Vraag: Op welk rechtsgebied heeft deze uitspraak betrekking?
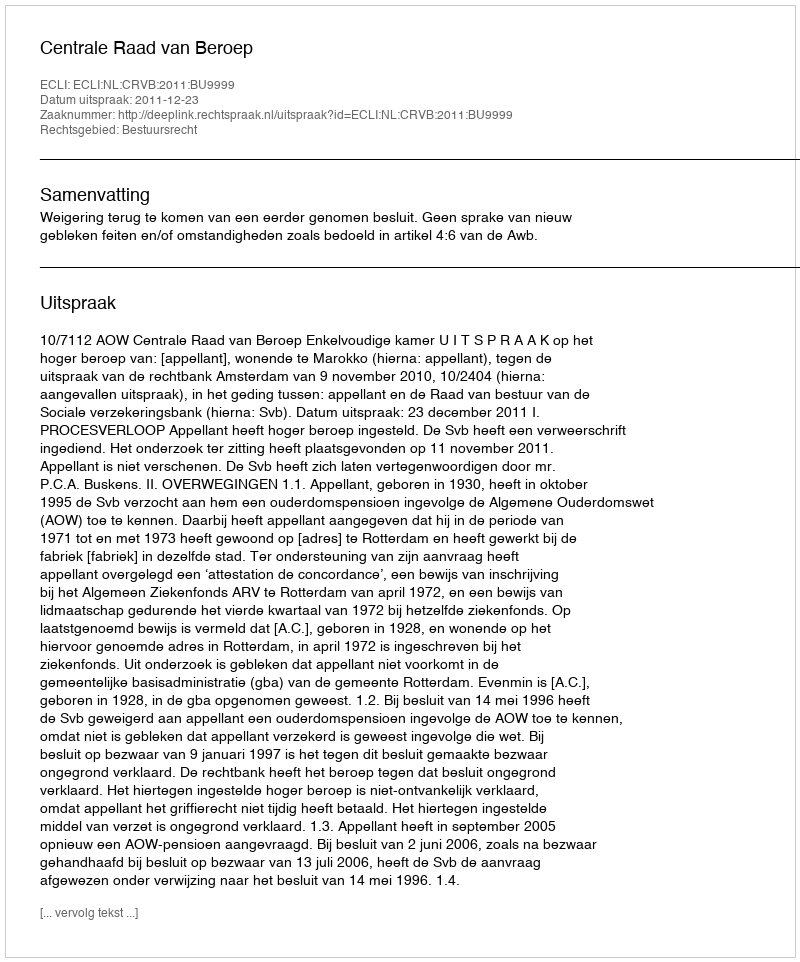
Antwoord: Bestuursrecht